Report of an investigation into the causes of the diseases known in Assam as Kála-Azár and Beri-Beri
Disease focus: Beri-Beri
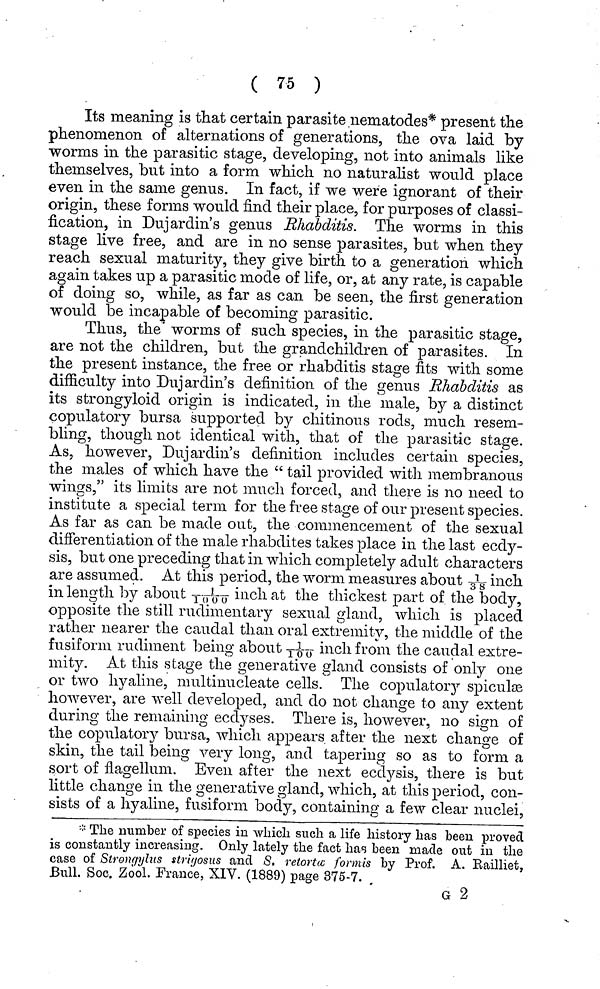
( 75 )
Its meaning is that certain parasite nematodes* present the
phenomenon of alternations of generations, the ova laid by
worms in the parasitic stage, developing, not into animals like
themselves, but into a form which no naturalist would place
even in the same genus. In fact, if we were ignorant of their
origin, these forms would find their place, for purposes of classi-
fication, in Dujardin's genus Rhabditis. The worms in this
stage live free, and are in no sense parasites, but when they
reach sexual maturity, they give birth to a generation which
again takes up a parasitic mode of life, or, at any rate, is capable
of doing so, while, as far as can be seen, the first generation
would be incapable of becoming parasitic.
Thus, the worms of such species, in the parasitic stage,
are not the children, but the grandchildren of parasites. In
the present instance, the free or rhabditis stage fits with some
difficulty into Dujardin's definition of the genus Rhabditis as
its strongyloid origin is indicated, in the male, by a distinct
copulatory bursa supported by chitinous rods, much resem-
bling, though not identical with, that of the parasitic stage.
As, however, Dujardin's definition includes certain species,
the males of which have the " tail provided with membranous
wings," its limits are not much forced, and there is no need to
institute a special term for the free stage of our present species.
As far as can be made out, the commencement of the sexual
differentiation, of the male rhabdites takes place in the last ecdy-
sis, but one preceding that in which completely adult characters
are assumed. At this period, the worm measures about 1/38 inch
in length by about 1/1000 inch at the thickest part of the body,
opposite the still rudimentary sexual gland, which is placed
rather nearer the caudal than oral extremity, the middle of the
fusiform rudiment being about 1/100 inch from the caudal extre-
mity. At this stage the generative gland consists of only one
or two hyaline, multimicleate cells. The copulatory spiculæ
however, are well developed, and do not change to any extent
during the remaining ecdyses. There is, however, 110 sign of
the copulatory bursa, which appears after the next change of
skin, the tail being very long, and tapering so as to form a
sort of flagellimi. Even after the next ecdysis, there is but
little change in the generative gland, which, at this period, con-
sists of a hyaline, fusiform body, containing a few clear nuclei,
* The number of species in which such a life history has been proved
is constantly increasing. Only lately the fact has been made out in the
case of Strongyus striyosus and S. retortæ formis by Prof. A. Railliet,
Bull. Soc. Zool. France, XIV. (1889) page 375-7.
G 2